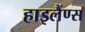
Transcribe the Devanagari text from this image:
हाइलैंण्स